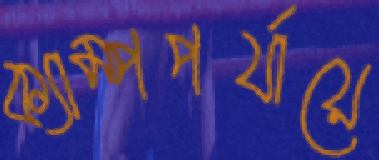
ক্যাম্পপর্যায়ে